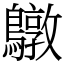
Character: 鷻